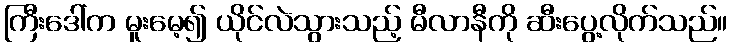
ကြီးဒေါ်က မူးမေ့၍ ယိုင်လဲသွားသည့် မီလာနီကို ဆီးပွေ့လိုက်သည်။